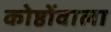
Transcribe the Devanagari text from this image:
कोष्ठोंवाला